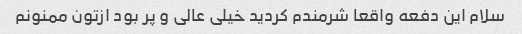
سلام این دفعه واقعا شرمندم کردید خیلی عالی و پر بود ازتون ممنونم